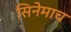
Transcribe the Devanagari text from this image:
सिनेमाच